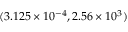
( 3 . 1 2 5 \times 1 0 ^ { - 4 } , 2 . 5 6 \times 1 0 ^ { 3 } )